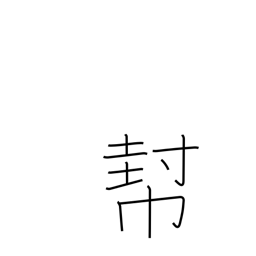
Meaning: help